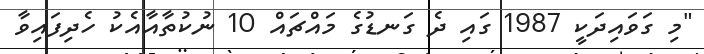
"މި ގަވައިދަކީ 1987 ގައި ދެ ގަނޑުގެ މައްޗައް 10 ނުކުތާއާއެކު ހެދިފައިވާ